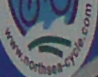
www.northsea-cycle.com